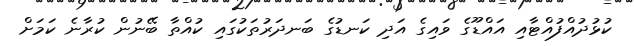
ކުޅުދުއްފުއްޓާއި އައްޑޫގެ ވައިގެ އަދި ކަނޑުގެ ބަނދަރުތަކުގައި ކުއްތާ ބޭނުން ކުރާނެ ކަމަށް